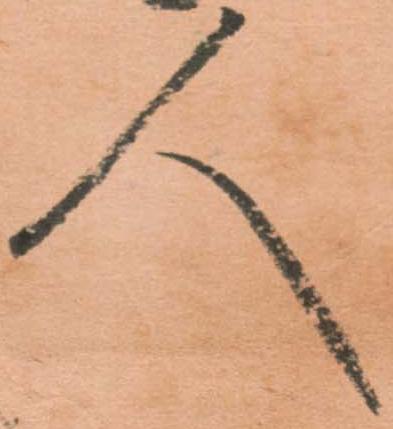
人